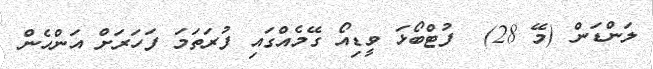
ލަންޑަން (މޭ 28)  ފުޓްބޯޅަ ވީޑިއޯ ގޭމެއްގައި ފުރަތަމަ ފަހަރަށް އަންހެން